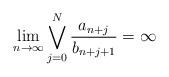
LaTeX: \begin{align*}\lim_{n\to\infty}\bigvee_{j=0}^{N}\frac{a_{n+j}}{b_{n+j+1}}=\infty\end{align*}